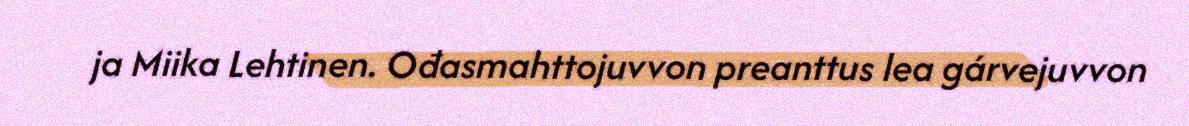
ja Miika Lehtinen. Ođasmahttojuvvon preanttus lea gárvejuvvon